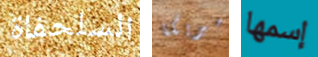
السلحفاة أميريكا إسمها